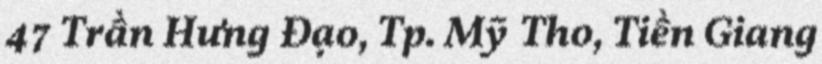
47 Trần Hưng Đạo, Tp. Mỹ Tho, Tiền Giang